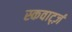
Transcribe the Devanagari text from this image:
स्कवार्ट्ज़